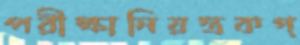
পরীক্ষানিয়ন্ত্রকগ্